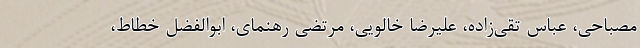
مصباحی، عباس تقی‌زاده، علیرضا خالویی، مرتضی رهنمای، ابوالفضل خطاط،